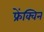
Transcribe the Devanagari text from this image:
फ्रेंक्विन